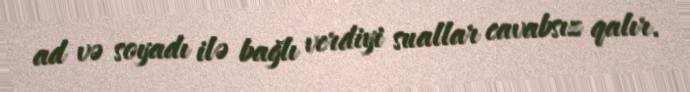
ad və soyadı ilə bağlı verdiyi suallar cavabsız qalır.